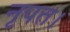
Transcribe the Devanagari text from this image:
नृपत।